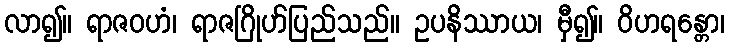
လာ၍။ ရာဇဝဟံ၊ ရာဇဂြိုဟ်ပြည်သည်။ ဥပနိဿာယ၊ မှီ၍။ ဝိဟရန္တော၊